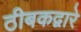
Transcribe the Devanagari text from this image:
ठीबकद्वारे